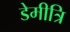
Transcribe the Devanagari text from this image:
डेमीत्रि